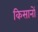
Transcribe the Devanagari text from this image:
किसानोें